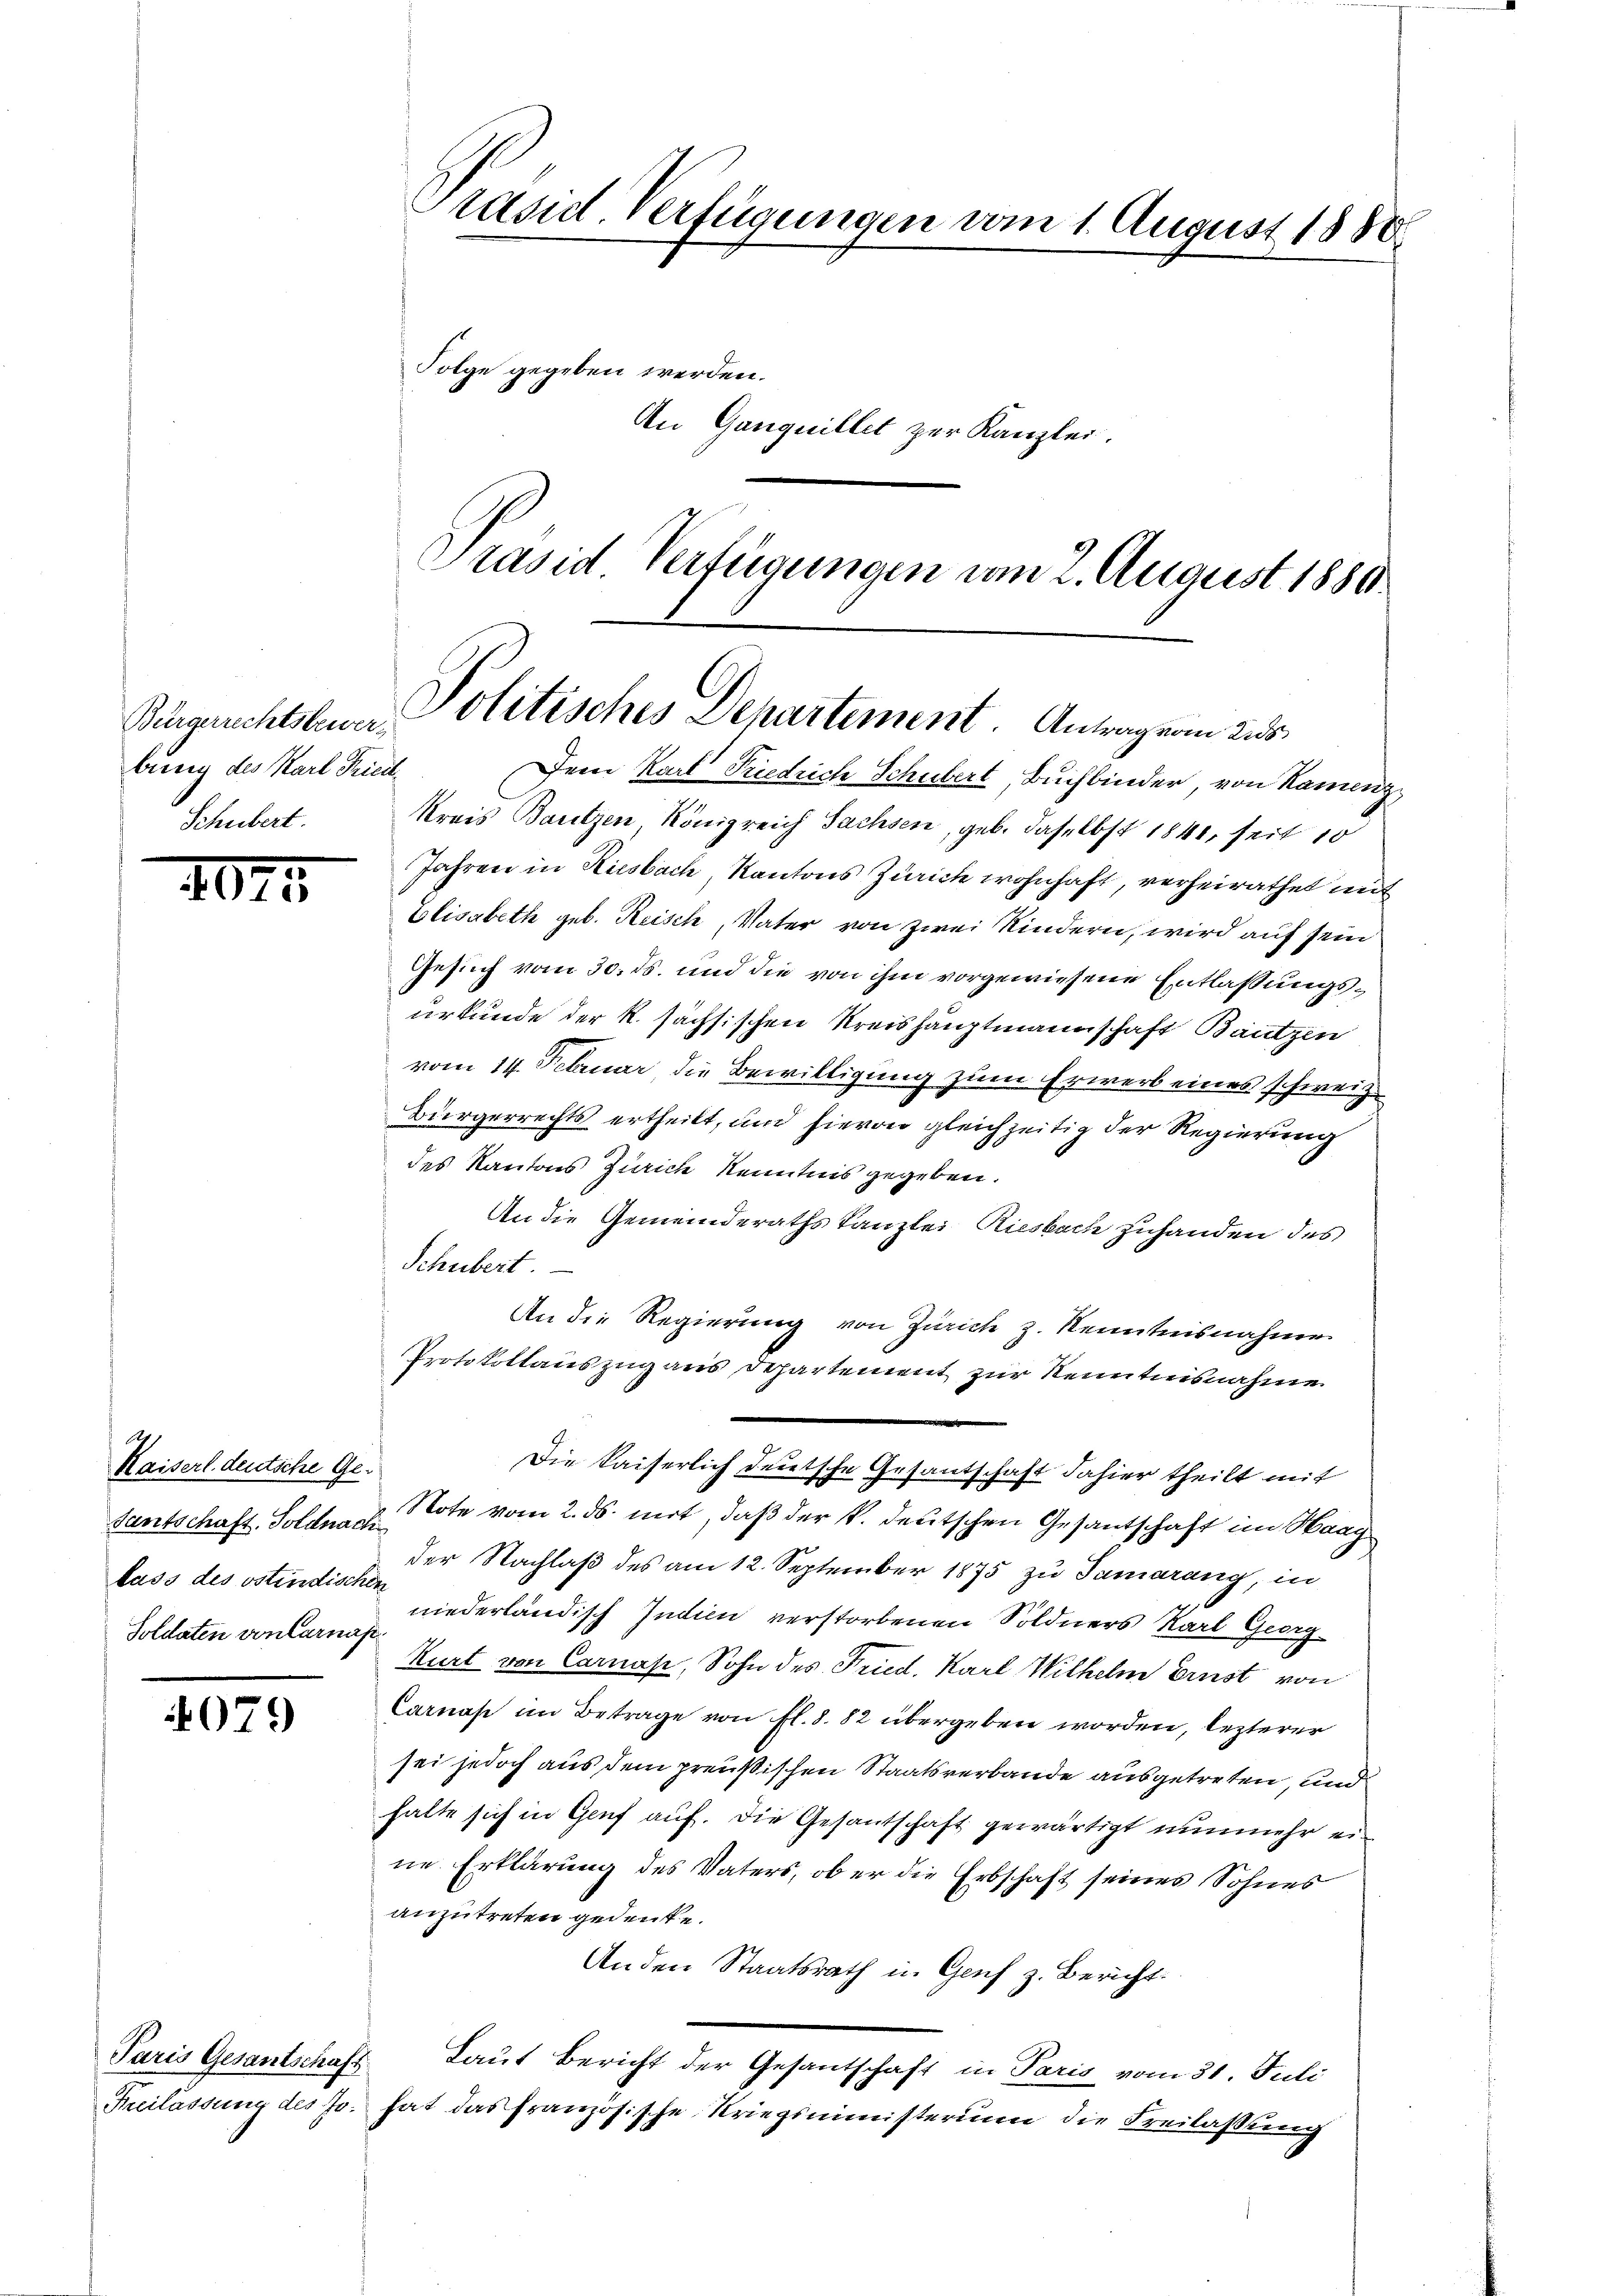
bung des Karl Fried
Schubert.

Ap

1075

Kaiserl deutsche Ge-
lass des östindischen
Soldaten von Carnah

079

Präsid. Verfügungen vom 1. August 1880
Folge gegeben werden.
An Ganquillet zur Kanzlei.

Präsid. Verfügungen vom 2. August 1880
Bürgerichtsbauer Politisches Departement. Antrag von 25

Dem Karl Friedrich Schubert, Buchbinder, von Namenz
Kreis Bautzen, Königreich Sachsen, geb. daselbst 1841, seit 10
Jahren in Riesbach, Kantons Zürich wohnhaft, verheirathet mit
Elisabeth geb. Reisch, Vater von zwei Kindern, wird auf sein
Gesuch vom 30. ds. und die von ihm vorgewiesene Entlaßungsurkunde der K. sächsischen Kreishauptmannschaft Bautzen
vom 14. Februar, die Bewilligung zum Erwerb eines schweiz.
Bürgerrechts ertheilt, und hievon gleichzeitig der Regierung
des Kantons Zürich Kenntnis gegeben.
An die Gemeinderaths Tanzlei Riesbach zuhanden des
Schubert.
An die Regierung von Zürich z. Nenntnisnahme
Protokollauszug aus Departement zur Kenntnisnahme
Die Kaiserlich deutsche Gesantschaft dahier theilt mit
Santschaft. Soldna u. Note vom 2. ds. mit, daß der k. deutschen Gesantschaft im Haag
der Nachlaß des am 12. September 1875 zu Samarang, in
niederländisch Indieu verstorbenen Söldners Karl Georg
Kurt von Carnas, Sohn des Fried. Karl Wilhelm Ernst von
Carnas im Betrage von fl. 8. 82 übergeben worden, lezterer
sei jedoch aus dem preußischen Staatsverbande ausgetreten, und
halte sich in Genf auf. Die Gesantschaft gewärtigt nunmehr eine Erklärung des Vaters, ob er die Erbschaft seines Sohnes
anzutreten gedeute.
Anden Staatsrath in Genf z. Bericht:
Paris Gesantschaft Laut Bericht der Gesantschaft in Paris vom 31. Juli
Freilassung des Jo. hat das französische Kriegsministerium die Freilaßung